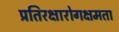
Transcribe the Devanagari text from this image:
प्रतिरक्षारोगक्षमता